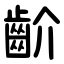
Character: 齘